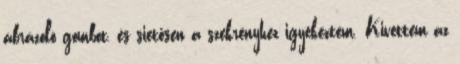
ábrázoló gombot, és sietősen a szekrényhez igyekeztem. Kivettem az